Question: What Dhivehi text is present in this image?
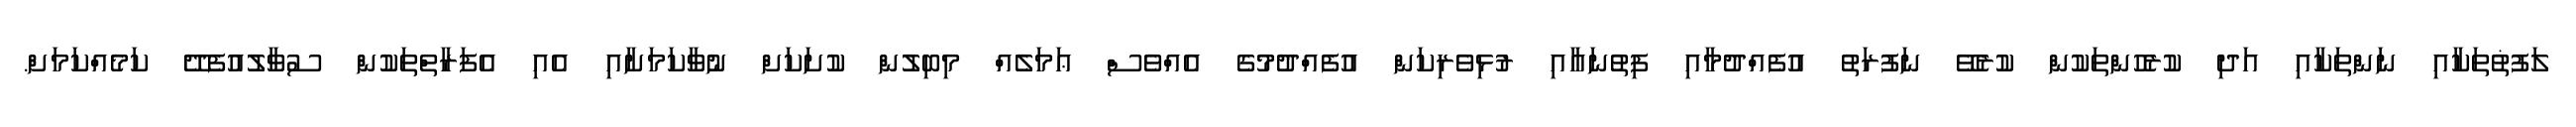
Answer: ލަފުޡުތަކާއި ނަންތަކާއި އަދި ކުރެހުންތަކުން ކުރެވޭ ނަފުރަތު އުފެއްދުމާއި ފިތުނައާއި ރުޅިވެރިކަން އުފެއްދުމުގެ އެއްވެސް ޢަމަލެއް މިބިލުން ކުށަކަށް ނުވާކަމަށާއި އެއި އެފަރާތްތަކުން ސުވާލުއުފެދޭ ކަމެއްކަމަށް.